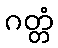
ဂတ္တံ